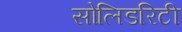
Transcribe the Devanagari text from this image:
सोलिडरिटी